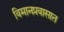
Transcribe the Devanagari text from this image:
विमानप्रवासात